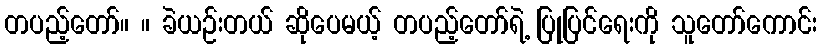
တပည့်တော်။ ။ ခဲယဉ်းတယ် ဆိုပေမယ့် တပည့်တော်ရဲ့ ပြုပြင်ရေးကို သူတော်ကောင်း